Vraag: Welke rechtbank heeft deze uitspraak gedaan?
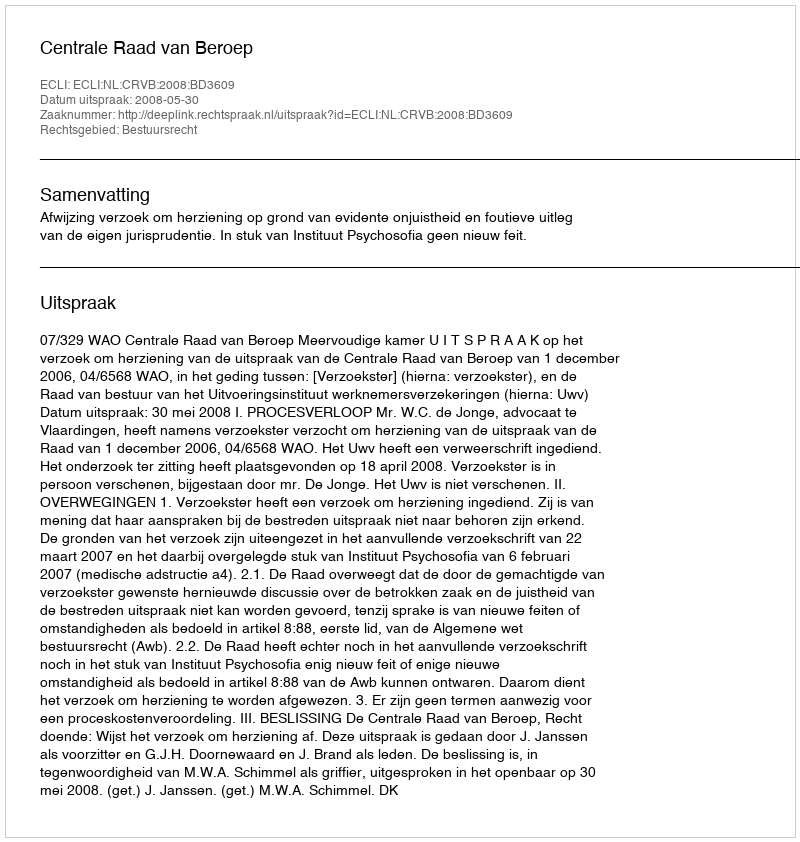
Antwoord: Centrale Raad van Beroep